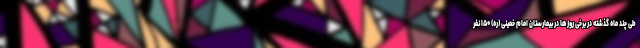
طی چند ماه گذشته در برخی روزها در بیمارستان امام خمینی (ره) ۱۵۰ نفر